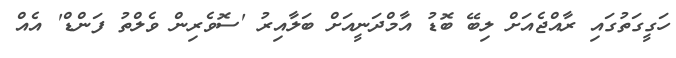
ހަގީގަތުގައި ރާއްޖެއަށް ލިބޭ ބޮޑު އާމްދަނީއަށް ބަލާއިރު 'ސޮވެރިން ވެލްތު ފަންޑް' އެއް